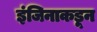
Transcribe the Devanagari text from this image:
इंजिनाकडून